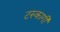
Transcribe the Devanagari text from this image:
टस्कागी